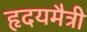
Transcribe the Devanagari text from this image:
हृदयमैत्री